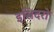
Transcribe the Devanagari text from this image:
इसिदरो